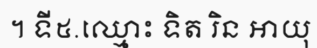
។ ទី៥.ឈ្មោះ ទិត រិន អាយុ